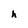
Character: h